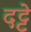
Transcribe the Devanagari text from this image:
दट्टे